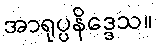
အာရုပ္ပနိဒ္ဒေသ။